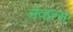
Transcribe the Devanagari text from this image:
लेव्हल्स